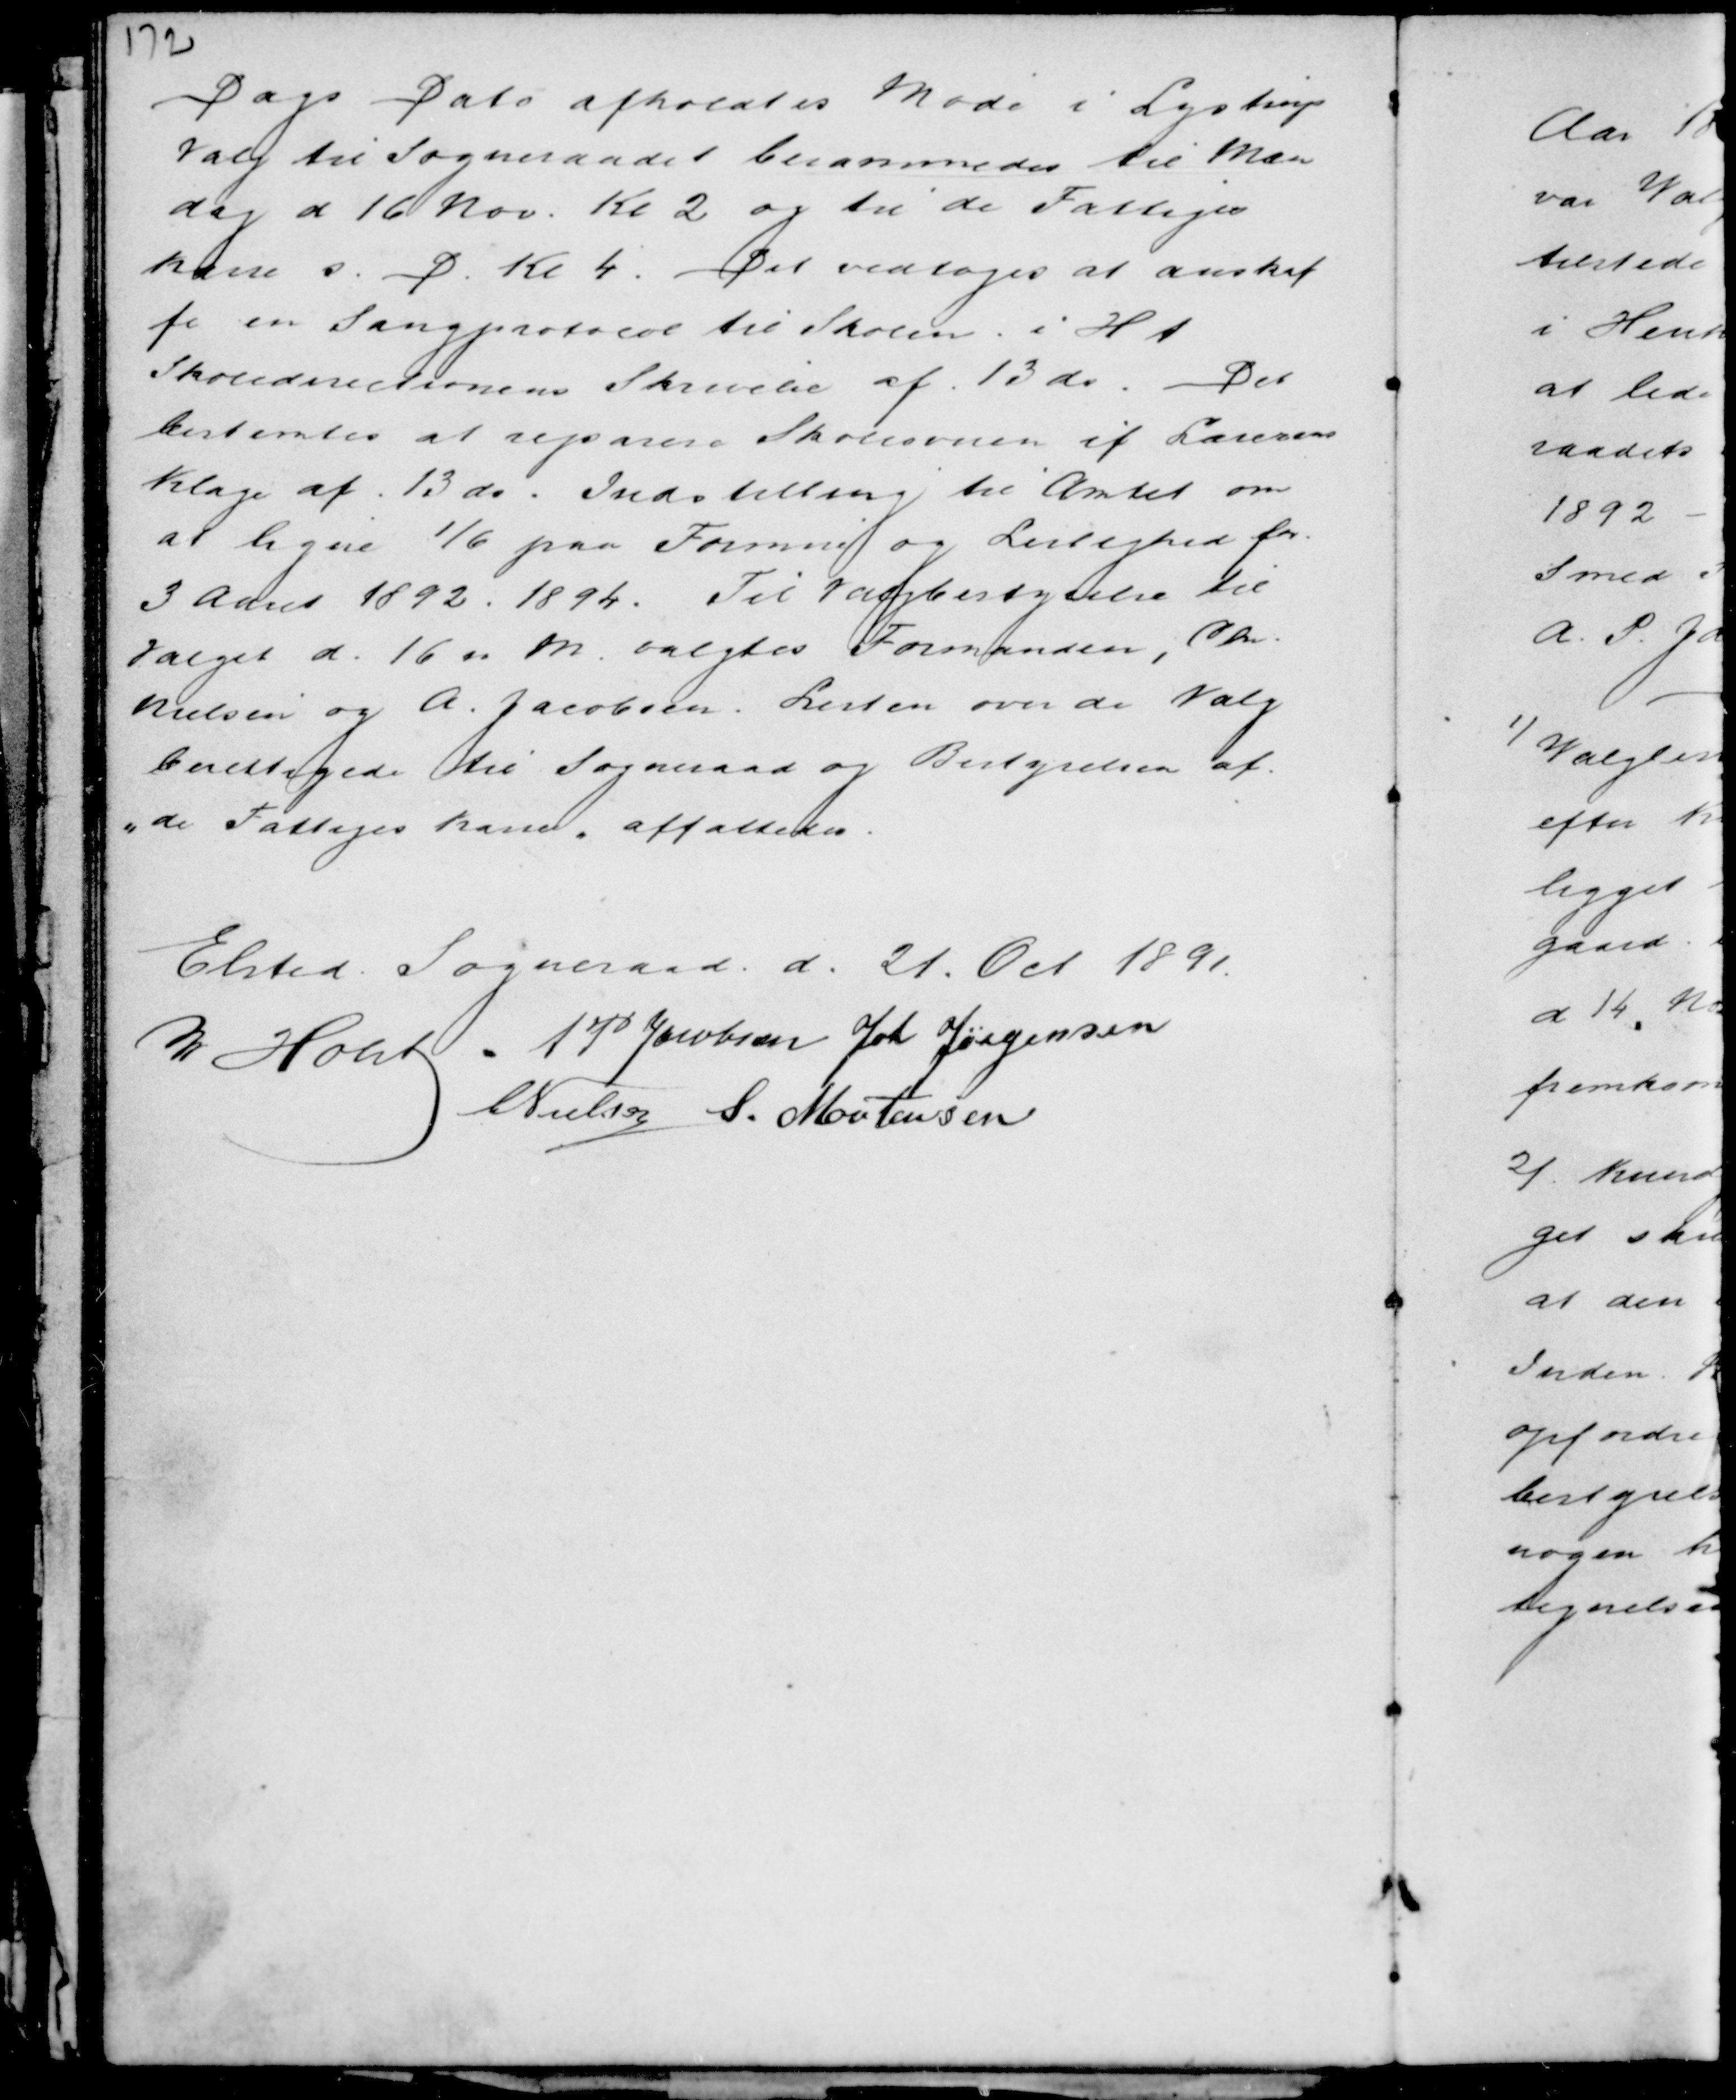
Transskription:
Dags Dato afholdtes Møde i Lystrup
Valg til Sogneraadet berammedes til Man
dag d 16 Nov. Kl 2 og til de Fattiges
kasse s. D. Kl 4. Det vedtoges at anskaf
fe en Sangprotocol til Skolen i H t
Skoledirectionens Skrivelse af 13 do Det
bestemtes at reparere Skoleovnen if Lærerens
Klage af 13 do Indstilling til Amtet om
at Ligne 1/6 paa Formue og Lejlighed for
3 Aaret 1892 . 1894. Til Valgbestyrelse til
Valget d. 16 n M valgtes Formanden, Chr.
Nielsen og a. Jacobsen. Listen over de Valg
berettigede til Sogneraad og Bestyrelsen af
"de Fattiges kasse" affattedes.

Elsted Sogneraad d. 21. Oct 1891
M Holst A P Jacobsen Joh Jørgensen
C Nielsen S. Mortensen